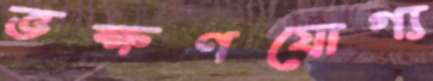
ভক্ষণযোগ্য